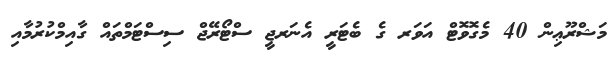
މަޝްރޫޢިން 40 މެގޮވޮޓް އަވަރ ގެ ބެޓަރީ އެނަރޖީ ސްޓޯރޭޖް ސިސްޓަމްތައް ގާއިމްކުރުމާއި